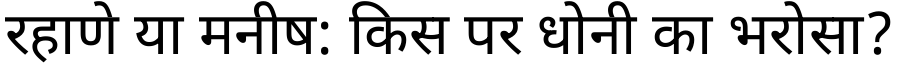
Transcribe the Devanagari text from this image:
रहाणे या मनीष: किस पर धोनी का भरोसा?